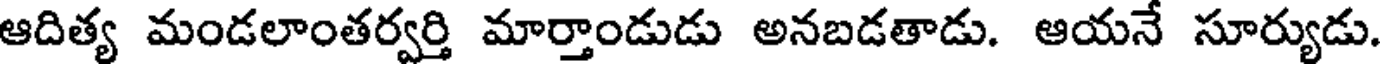
ఆదిత్య మండలాంతర్వర్తి మార్తాండుడు అనబడతాడు. ఆయనే సూర్యుడు.